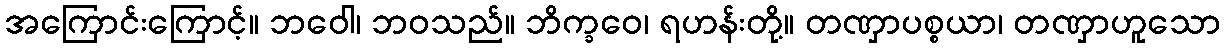
အကြောင်းကြောင့်။ ဘဝေါ၊ ဘဝသည်။ ဘိက္ခဝေ၊ ရဟန်းတို့။ တဏှာပစ္စယာ၊ တဏှာဟူသော